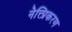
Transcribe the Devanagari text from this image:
नेत्त्प्रिकरण